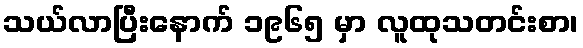
သယ်လာပြီးနောက် ၁၉၆၅ မှာ လူထုသတင်းစာ၊